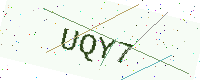
Text: UQY7